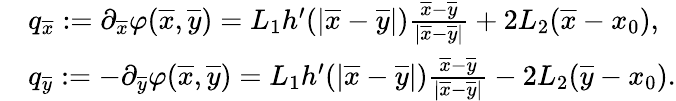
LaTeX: \begin{array}{rl}&{q_{\overline{{x}}}:=\partial_{\overline{{x}}}\varphi(\overline{{x}},\overline{{y}})=L_{1}h^{\prime}(|\overline{{x}}-\overline{{y}}|)\frac{\overline{{x}}-\overline{{y}}}{|\overline{{x}}-\overline{{y}}|}+2L_{2}(\overline{{x}}-x_{0}),}\\ &{q_{\overline{{y}}}:=-\partial_{\overline{{y}}}\varphi(\overline{{x}},\overline{{y}})=L_{1}h^{\prime}(|\overline{{x}}-\overline{{y}}|)\frac{\overline{{x}}-\overline{{y}}}{|\overline{{x}}-\overline{{y}}|}-2L_{2}(\overline{{y}}-x_{0}).}\end{array}